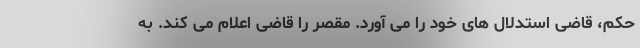
حکم، قاضی استدلال های خود را می آورد. مقصر را قاضی اعلام می کند. به